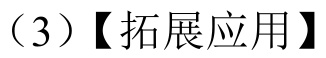
（3）【拓展应用】